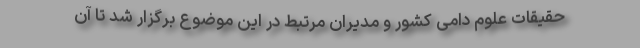
حقیقات علوم دامی کشور و مدیران مرتبط در این موضوع برگزار شد تا آن